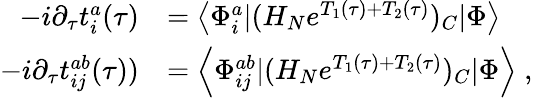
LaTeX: \begin{array}{rl}{-i\partial_{\tau}t_{i}^{a}(\tau)}&{=\left<\Phi_{i}^{a}|(H_{N}e^{T_{1}(\tau)+T_{2}(\tau)})_{C}|\Phi\right>}\\ {-i\partial_{\tau}t_{ij}^{ab}(\tau))}&{=\left<\Phi_{ij}^{ab}|(H_{N}e^{T_{1}(\tau)+T_{2}(\tau)})_{C}|\Phi\right>\; ,}\end{array}